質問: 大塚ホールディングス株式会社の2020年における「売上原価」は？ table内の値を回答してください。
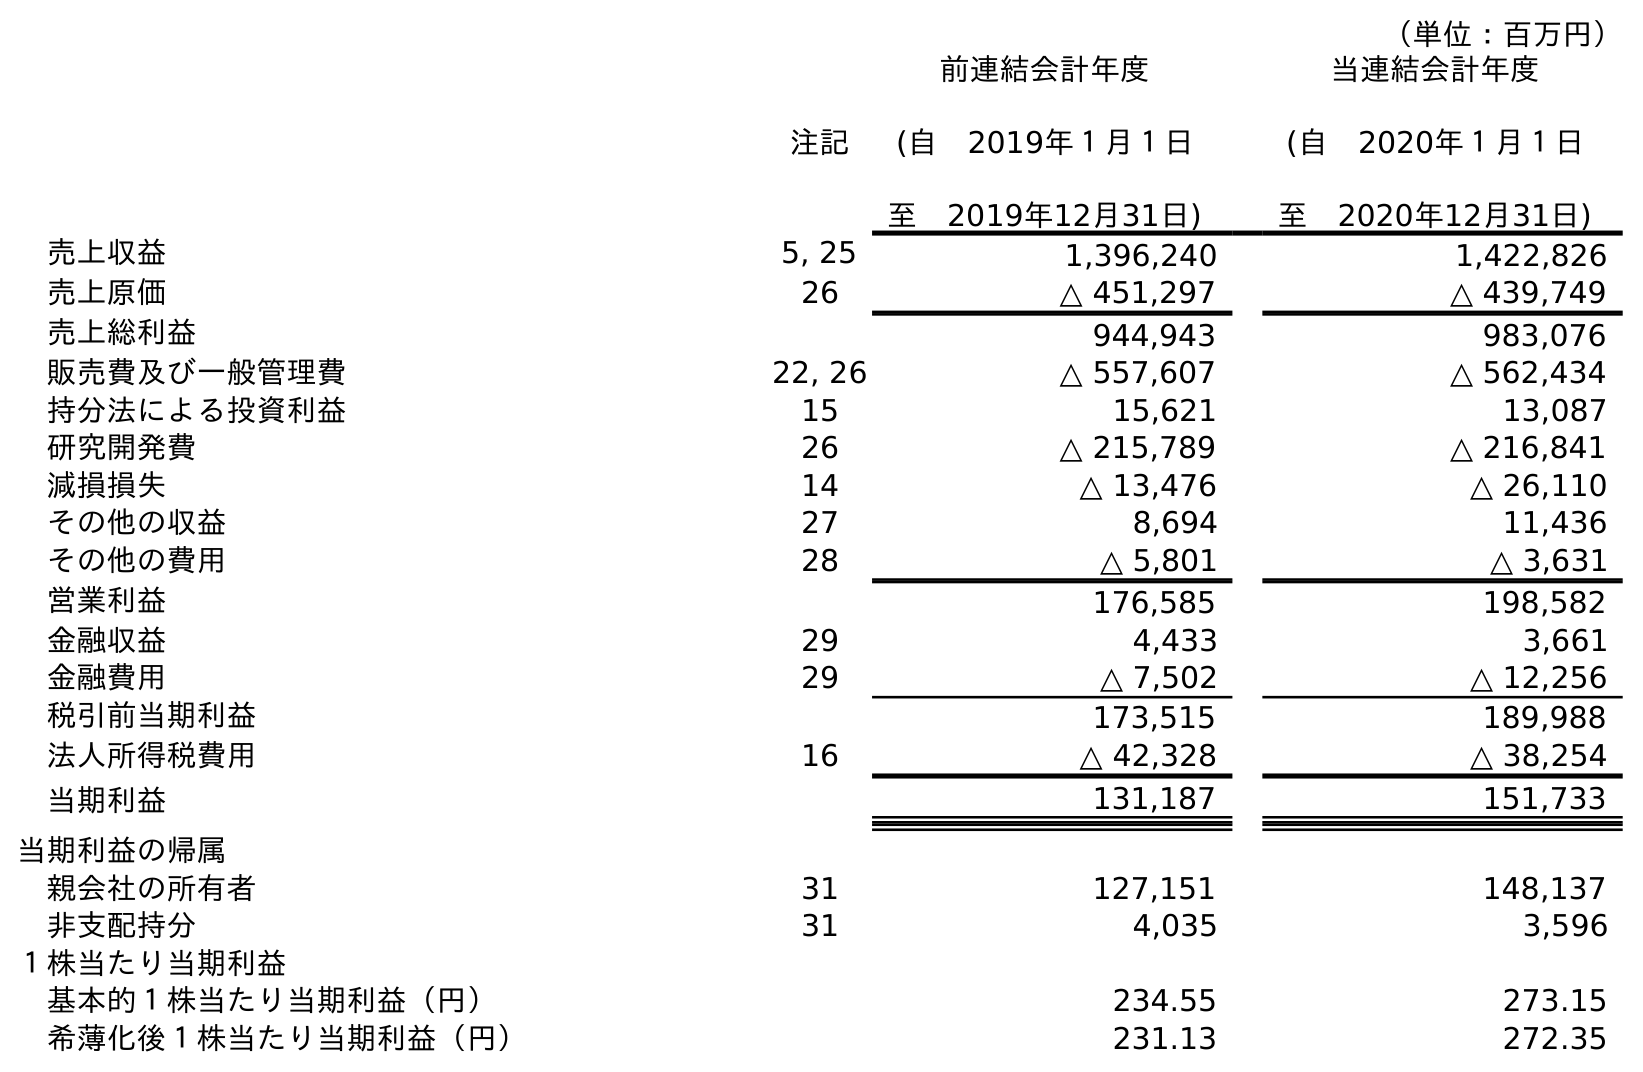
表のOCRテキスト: （単位：百万円） 注記 前連結会計年度 (自 2019年１月１日 至 2019年12月31日) 当連結会計年度 (自 2020年１月１日 至 2020年12月31日) 売上収益 5, 25 1,396,240 1,422,826 売上原価 26 △ 451,297 △ 439,749 売上総利益 944,943 983,076 販売費及び一般管理費 22, 26 △ 557,607 △ 562,434 持分法による投資利益 15 15,621 13,087 研究開発費 26 △ 215,789 △ 216,841 減損損失 14 △ 13,476 △ 26,110 その他の収益 27 8,694 11,436 その他の費用 28 △ 5,801 △ 3,631 営業利益 176,585 198,582 金融収益 29 4,433 3,661 金融費用 29 △ 7,502 △ 12,256 税引前当期利益 173,515 189,988 法人所得税費用 16 △ 42,328 △ 38,254 当期利益 131,187 151,733 当期利益の帰属 親会社の所有者 31 127,151 148,137 非支配持分 31 4,035 3,596 １株当たり当期利益 基本的１株当たり当期利益（円） 234.55 273.15 希薄化後１株当たり当期利益（円） 231.13 272.35
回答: △439,749